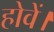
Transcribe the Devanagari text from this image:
होवें।